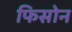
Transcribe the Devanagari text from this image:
फिसोन